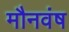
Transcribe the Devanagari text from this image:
मौनवंष